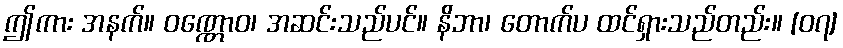
ဤကား အနက်။ ဝဏ္ဏောဝ၊ အဆင်းသည်ပင်။ နိဘာ၊ တောက်ပ ထင်ရှားသည်တည်း။ [၀၇]